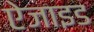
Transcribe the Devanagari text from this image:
ऐजाइड